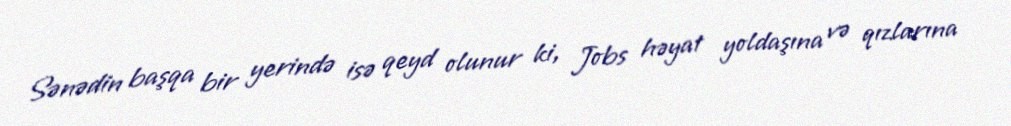
Sənədin başqa bir yerində isə qeyd olunur ki, Jobs həyat yoldaşına və qızlarına